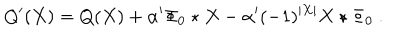
Q ^ { \prime } ( X ) = Q ( X ) + \alpha ^ { \prime } \Phi _ { 0 } \star X - \alpha ^ { \prime } ( - 1 ) ^ { | X | } X \star \Phi _ { 0 } \ .